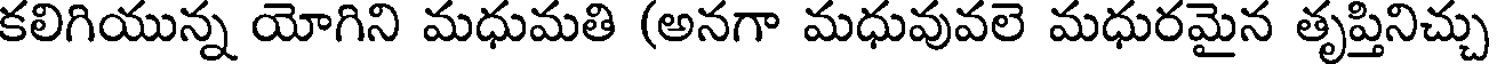
కలిగియున్న యోగిని మధుమతి (అనగా మధువువలె మధురమైన తృప్తినిచ్చు